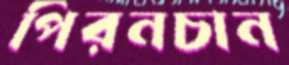
পিরনচান